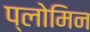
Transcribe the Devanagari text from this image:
प्लोमिन